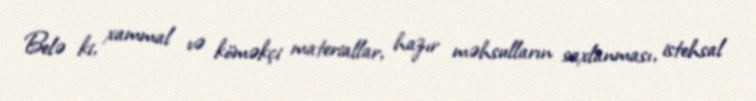
Belə ki, xammal və köməkçi materiallar, hazır məhsulların saxlanması, istehsal